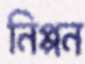
নিপ্পন